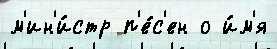
м'ин'и́стр п'е́с'ен о и́м'я